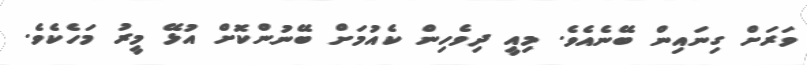
ވަރަށް ގިނައިން ބޭނެއެވެ. މިއީ ދިވެހިން ކެއުމަށް ބޭނުންކޮށް އުޅޭ މީރު މަހެކެވެ.